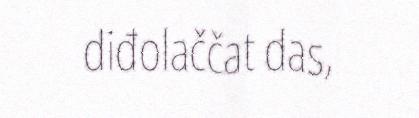
diđolaččat das,